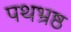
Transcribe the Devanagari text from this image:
पथभ्रष्ठ